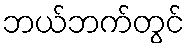
ဘယ်ဘက်တွင်